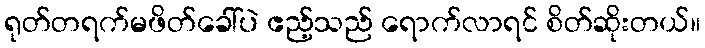
ရုတ်တရက်မဖိတ်ခေါ်ပဲ ဧည့်သည် ရောက်လာရင် စိတ်ဆိုးတယ်။